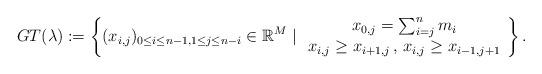
LaTeX: \begin{align*}GT(\lambda)\index{$GT(\lambda)$, Gelfand-Tsetlin polytope} := \left\{ (x_{i,j})_{0 \leq i \leq n-1, 1 \leq j \leq n - i} \in \mathbb{R}^M \mid \begin{array}{c} x_{0,j} = \sum_{i = j}^n m_i \\ x_{i,j} \geq x_{i+1, j} \, , \, x_{i,j} \geq x_{i-1, j+1} \end{array} \right\}.\end{align*}